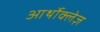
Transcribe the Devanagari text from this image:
आर्थोक्लेज़